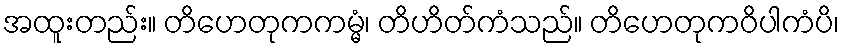
အထူးတည်း။ တိဟေတုကကမ္မံ၊ တိဟိတ်ကံသည်။ တိဟေတုကဝိပါကံပိ၊